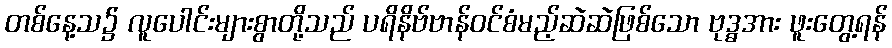
တစ်နေ့သ၌ လူပေါင်းများစွာတို့သည် ပရိနိဗ်ဗာန်ဝင်စံမည့်ဆဲဆဲဖြစ်သော ဗုဒ္ဓအား ဖူးတွေ့ရန်